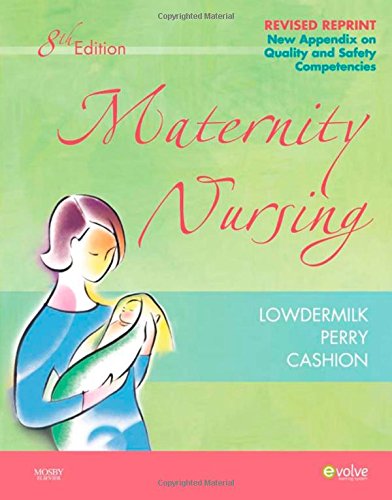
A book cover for Maternity Nursing - Revised Reprint, 8e (Maternity Nursing (Lowdermilk)); Deitra Leonard Lowdermilk RNC  PhD  FAAN; Medical Books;